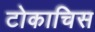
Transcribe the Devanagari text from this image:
टोकाचिस